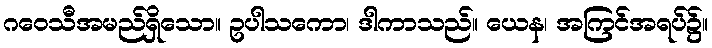
ဂဝေသီအမည်ရှိသော။ ဥပါသကော၊ ဒါကာသည်။ ယေန၊ အကြင်အရပ်၌။